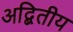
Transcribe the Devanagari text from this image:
अद्बितीय